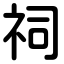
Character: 祠